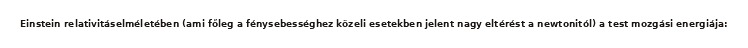
Einstein relativitáselméletében (ami főleg a fénysebességhez közeli esetekben jelent nagy eltérést a newtonitól) a test mozgási energiája: